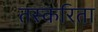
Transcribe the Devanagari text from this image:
तस्करिता